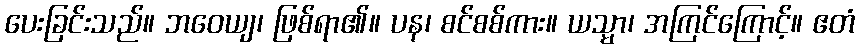
ပေးခြင်းသည်။ ဘဝေယျ၊ ဖြစ်ရာ၏။ ပန၊ စင်စစ်ကား။ ယသ္မာ၊ အကြင်ကြောင့်။ ဧတံ